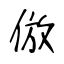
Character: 倣